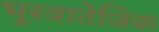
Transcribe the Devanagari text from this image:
भूस्त्रातेजिक